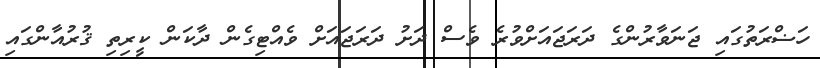
ހަޟްރަތުގައި ޖަނަވާރުންގެ ދަރަޖައަށްވުރެ ވެސް ދަށު ދަރަޖައަށް ވެއްޓިގެން ދާކަން ކީރިތި ޤުރުއާންގައި